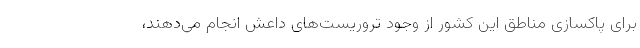
برای پاکسازی مناطق این کشور از وجود تروریست‌های داعش انجام می‌دهند،